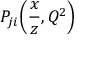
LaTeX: P _ { j i } \! \left( { \frac { x } { z } } , Q ^ { 2 } \right)